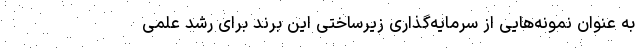
به عنوان نمونه‌هایی از سرمایه‌گذاری زیرساختی این برند برای رشد علمی